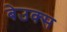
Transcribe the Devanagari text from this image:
बेउक्स